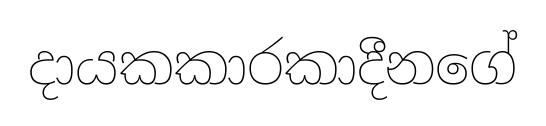
දායකකාරකාදීනගේ